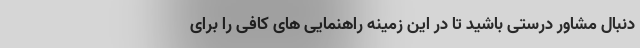
دنبال مشاور درستی باشید تا در این زمینه راهنمایی های کافی را برای